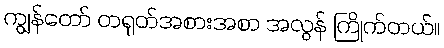
ကျွန်တော် တရုတ်အစားအစာ အလွန် ကြိုက်တယ်။